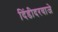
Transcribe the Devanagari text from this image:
दिंडीदरवाजे